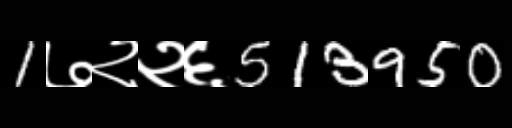
Text: 1७२२६513950